Report of the Hyderabad Chloroform Commission
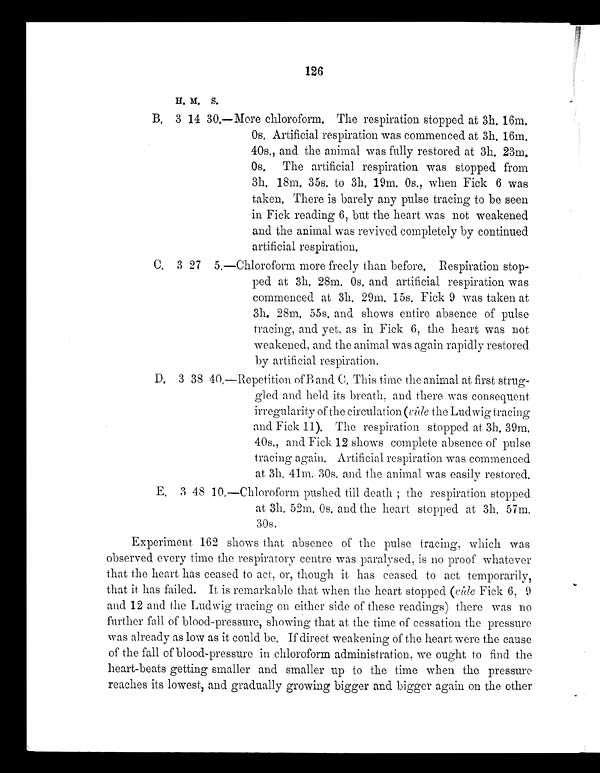
126
H. M. S.
B. 3 14 30.—More chloroform. The respiration stopped at 3h. 16m.
0s. Artificial respiration was commenced at 3h. 16m
. 40s., and the animal was fully restored at 3h. 23m
. 0s. The artificial respiration was stopped from
3h. 18m. 35s. to 3h. 19m. 0s., when Fick 6 was
taken. There is barely any pulse tracing to be seen
in Fick reading 6, but the heart was not weakened
and the animal was revived completely by continued
artificial respiration.
C. 3 27 5.—Chloroform more freely than before, Respiration stop-
ped at 3h. 28m. 0s. and artificial respiration was
commenced at 3h. 29m. 15s. Fick 9 was taken at
3h. 28m. 55s. and shows entire absence of pulse
tracing, and yet, as in Fick 6, the heart was not
weakened, and the animal was again rapidly restored
by artificial respiration.
D. 3 38 40.—Repetition of B and C. This time the animal at first strug-
gled and held its breath, and there was consequent
irregularity of the circulation (vide the Ludwig tracing
and Fick 11). The respiration stopped at 3h. 39m
. 40s., and Fick 12 shows complete absence of pulse
tracing again. Artificial respiration was commenced
at 3h. 41m. 30s. and the animal was easily restored.
E. 3 48 10.—Chloroform pushed till death; the respiration stopped
at 3h. 52m. 0s. and the heart stopped at 3h. 57m
. 30s.
Experiment 162 shows that absence of the pulse tracing, which was
observed every time the respiratory centre was paralysed, is no proof whatever
that the heart has ceased to act, or, though it has ceased to act temporarily,
that it has failed. It is remarkable that when the heart stopped (vide Fick 6, 9
and 12 and the Ludwig tracing on either side of these readings) there was no
further fall of blood-pressure, showing that at the time of cessation the pressure
was already as low as it could be, If direct weakening of the heart were the cause
of the fall of blood-pressure in chloroform administration, we ought to find the
heart-beats getting smaller and smaller up to the time when the pressure
reaches its lowest, and gradually growing bigger and bigger again on the other